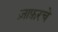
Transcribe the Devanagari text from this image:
ज़ाफ़रचे